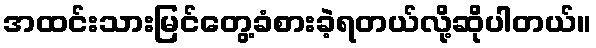
အထင်းသားမြင်တွေ့ခံစားခဲ့ရတယ်လို့ဆိုပါတယ်။